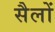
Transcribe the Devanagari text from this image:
सैलों